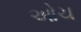
ઓચ